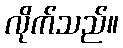
လိုက်သည်။